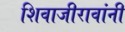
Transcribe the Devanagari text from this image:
शिवाजीरावांनी